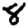
Digit: 8